Plague in India, 1896, 1897 - Volume 2
Year: 1896
Disease focus: Plague
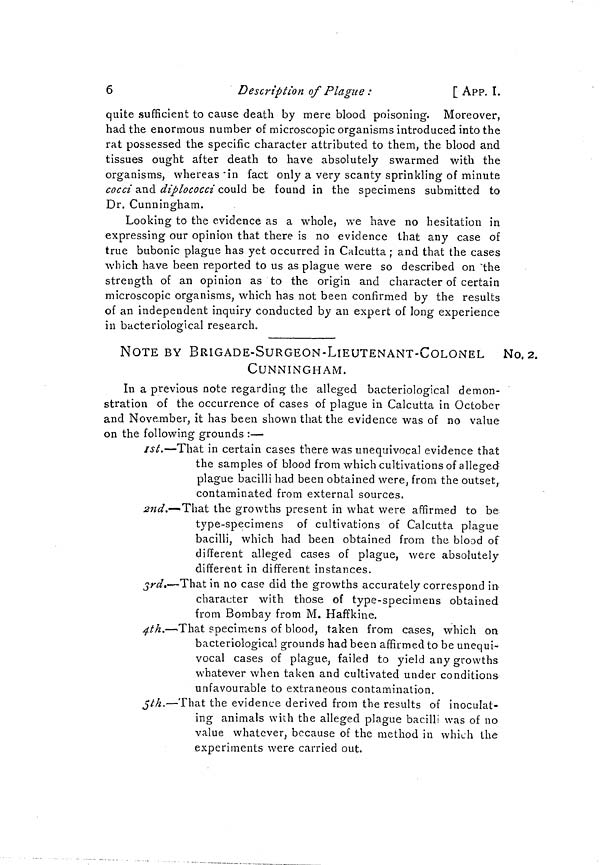
6
Description of Plague :
[ APP. I.
quite sufficient to cause death by mere blood poisoning. Moreover,
had the enormous number of microscopic organisms introduced into the
rat possessed the specific character attributed to them, the blood and
tissues ought after death to have absolutely swarmed with the
organisms, whereas "in fact only a very scanty sprinkling of minute
cocci and diplococci could be found in the specimens submitted to
Dr. Cunningham.
Looking to the evidence as a whole, we have no hesitation in
expressing our opinion that there is no evidence that any case of
true bubonic plague has yet occurred in Calcutta ; and that the cases
which have been reported to us as plague were so described on "the
strength of an opinion as to the origin and character of certain
microscopic organisms, which has not been confirmed by the results
of an independent inquiry conducted by an expert of long experience
in bacteriological research.
No. 2.
NOTE BY BRIGADE-SURGEON-LIEUTENANT-COLONEL
CUNNINGHAM.
In a previous note regarding the alleged bacteriological demon-
stration of the occurrence of cases of plague in Calcutta in October
and November, it has been shown that the evidence was of no value
on the following grounds :—
1st.—That in certain cases there was unequivocal evidence that
the samples of blood from which cultivations of alleged
plague bacilli had been obtained were, from the outset,
contaminated from external sources.
2nd.—That the growths present in what were affirmed to be
type-specimens of cultivations of Calcutta plague
bacilli, which had been obtained from the blood of
different alleged cases of plague, were absolutely
different in different instances.
3rd.—That in no case did the growths accurately correspond in
character with those of type-specimens obtained
from Bombay from M. Haffkine.
4th.—That specimens of blood, taken from cases, which on
bacteriological grounds had been affirmed to be unequi-
vocal cases of plague, failed to yield any growths
whatever when taken and cultivated under conditions
unfavourable to extraneous contamination.
5th.—That the evidence derived from the results of inoculat-
ing animals with the alleged plague bacilli was of no
value whatever, because of the method in which the
experiments were carried out.